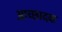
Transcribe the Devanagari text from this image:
आच्छादक